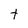
Character: t